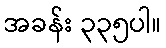
အခန်း ၃၃၅ပါ။